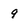
Character: 9